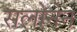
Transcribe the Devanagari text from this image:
सलोनेन